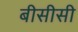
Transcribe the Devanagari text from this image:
बीसीसी